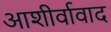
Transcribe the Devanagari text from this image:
आशीर्वावाद